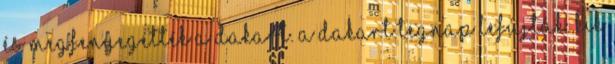
és megfenyegették a Dakart. A Dakart tegnap lefújták. Kik